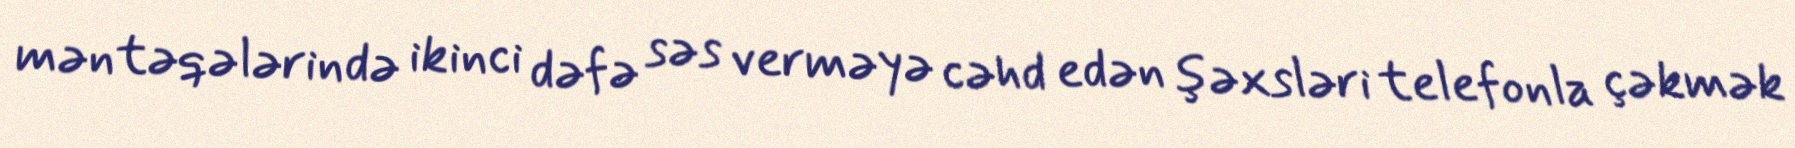
məntəqələrində ikinci dəfə səs verməyə cəhd edən şəxsləri telefonla çəkmək